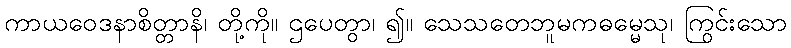
ကာယဝေဒနာစိတ္တာနိ၊ တို့ကို။ ဌပေတွာ၊ ၍။ သေသတေဘူမကဓမ္မေသု၊ ကြွင်းသော